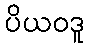
ပိယဝဒူ